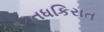
તધકિરાત